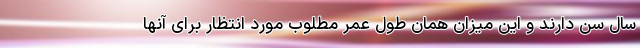
سال سن دارند و این میزان همان طول عمر مطلوب مورد انتظار برای آنها